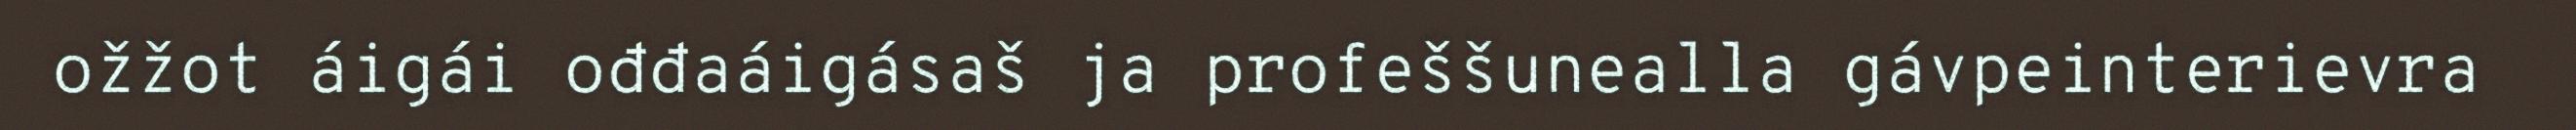
ožžot áigái ođđaáigásaš ja profeššunealla gávpeinterievra